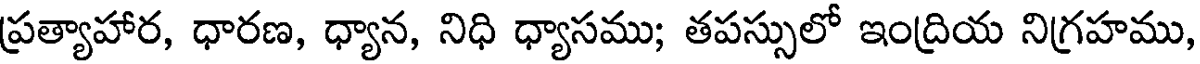
ప్రత్యాహార, ధారణ, ధ్యాన, నిధి ధ్యాసము; తపస్సులో ఇంద్రియ నిగ్రహము,